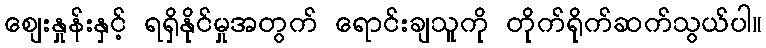
စျေးနှုန်းနှင့် ရရှိနိုင်မှုအတွက် ရောင်းချသူကို တိုက်ရိုက်ဆက်သွယ်ပါ။